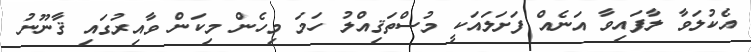
އެކުލަވާ ލާފައިވާ އަނެއް ފަށަލައަކީ މުސްތަޤިއްލު ހަމަ މިހެން މިކަން ވާއިރުގައި ޤާނޫނު